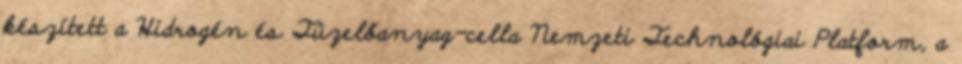
készített a Hidrogén és Tüzelőanyag-cella Nemzeti Technológiai Platform, a